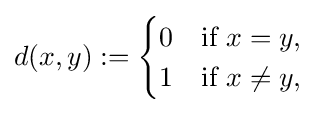
d(x,y):={\begin{cases}0&{\text{if }}x=y,\\1&{\text{if }}x\neq y,\end{cases}}